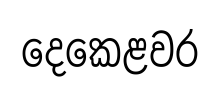
දෙකෙළවර